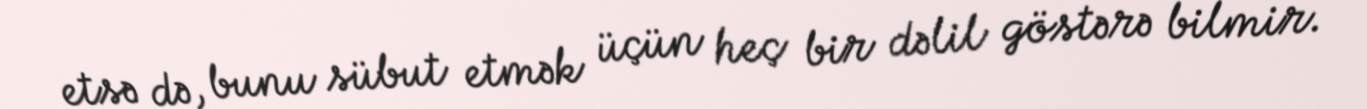
etsə də, bunu sübut etmək üçün heç bir dəlil göstərə bilmir.